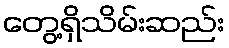
တွေ့ရှိသိမ်းဆည်း